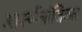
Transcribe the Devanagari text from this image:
आर्क्योलॉजिकल